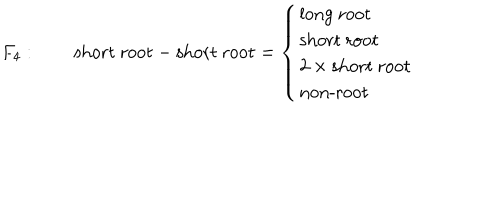
F _ { 4 } : \qquad \mathrm { s h o r t ~ r o o t } - \mathrm { s h o r t ~ r o o t } = \left\{ \begin{array} { l } { { \mathrm { l o n g ~ r o o t } } } \\ { { \mathrm { s h o r t ~ r o o t } } } \\ { { 2 \times \mathrm { s h o r t ~ r o o t } } } \\ { { \mathrm { n o n - r o o t } } } \\ \end{array} \right.